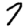
Digit: 7